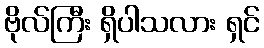
ဗိုလ်ကြီး ရှိပါသလား ရှင်